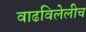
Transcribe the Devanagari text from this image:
वाढविलेलीच